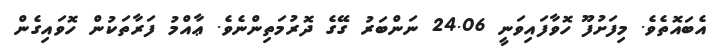
އެބައޮތެވެ. މިފަށުފޫ ހޮވާފައިވަނީ 24.06 ނަންބަރު ގޭގެ ދޮރުމަތިންނެވެ. ޢާއްމު ފަރާތަކުން ހޮވައިގެން